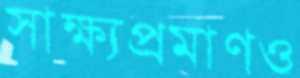
সাক্ষ্যপ্রমাণও